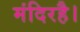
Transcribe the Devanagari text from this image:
मंदिरहै।